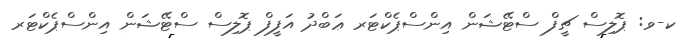
ކ-ވ: ޕޮލިސް ޗީފް ސްޓޭޝަން އިންސްޕެކްޓަރ ޢަބްދު އަފީފް ޕޮލިސް ސްޓޭޝަން އިންސްޕެކްޓަރ